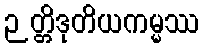
ဉတ္တိဒုတိယကမ္မဿ